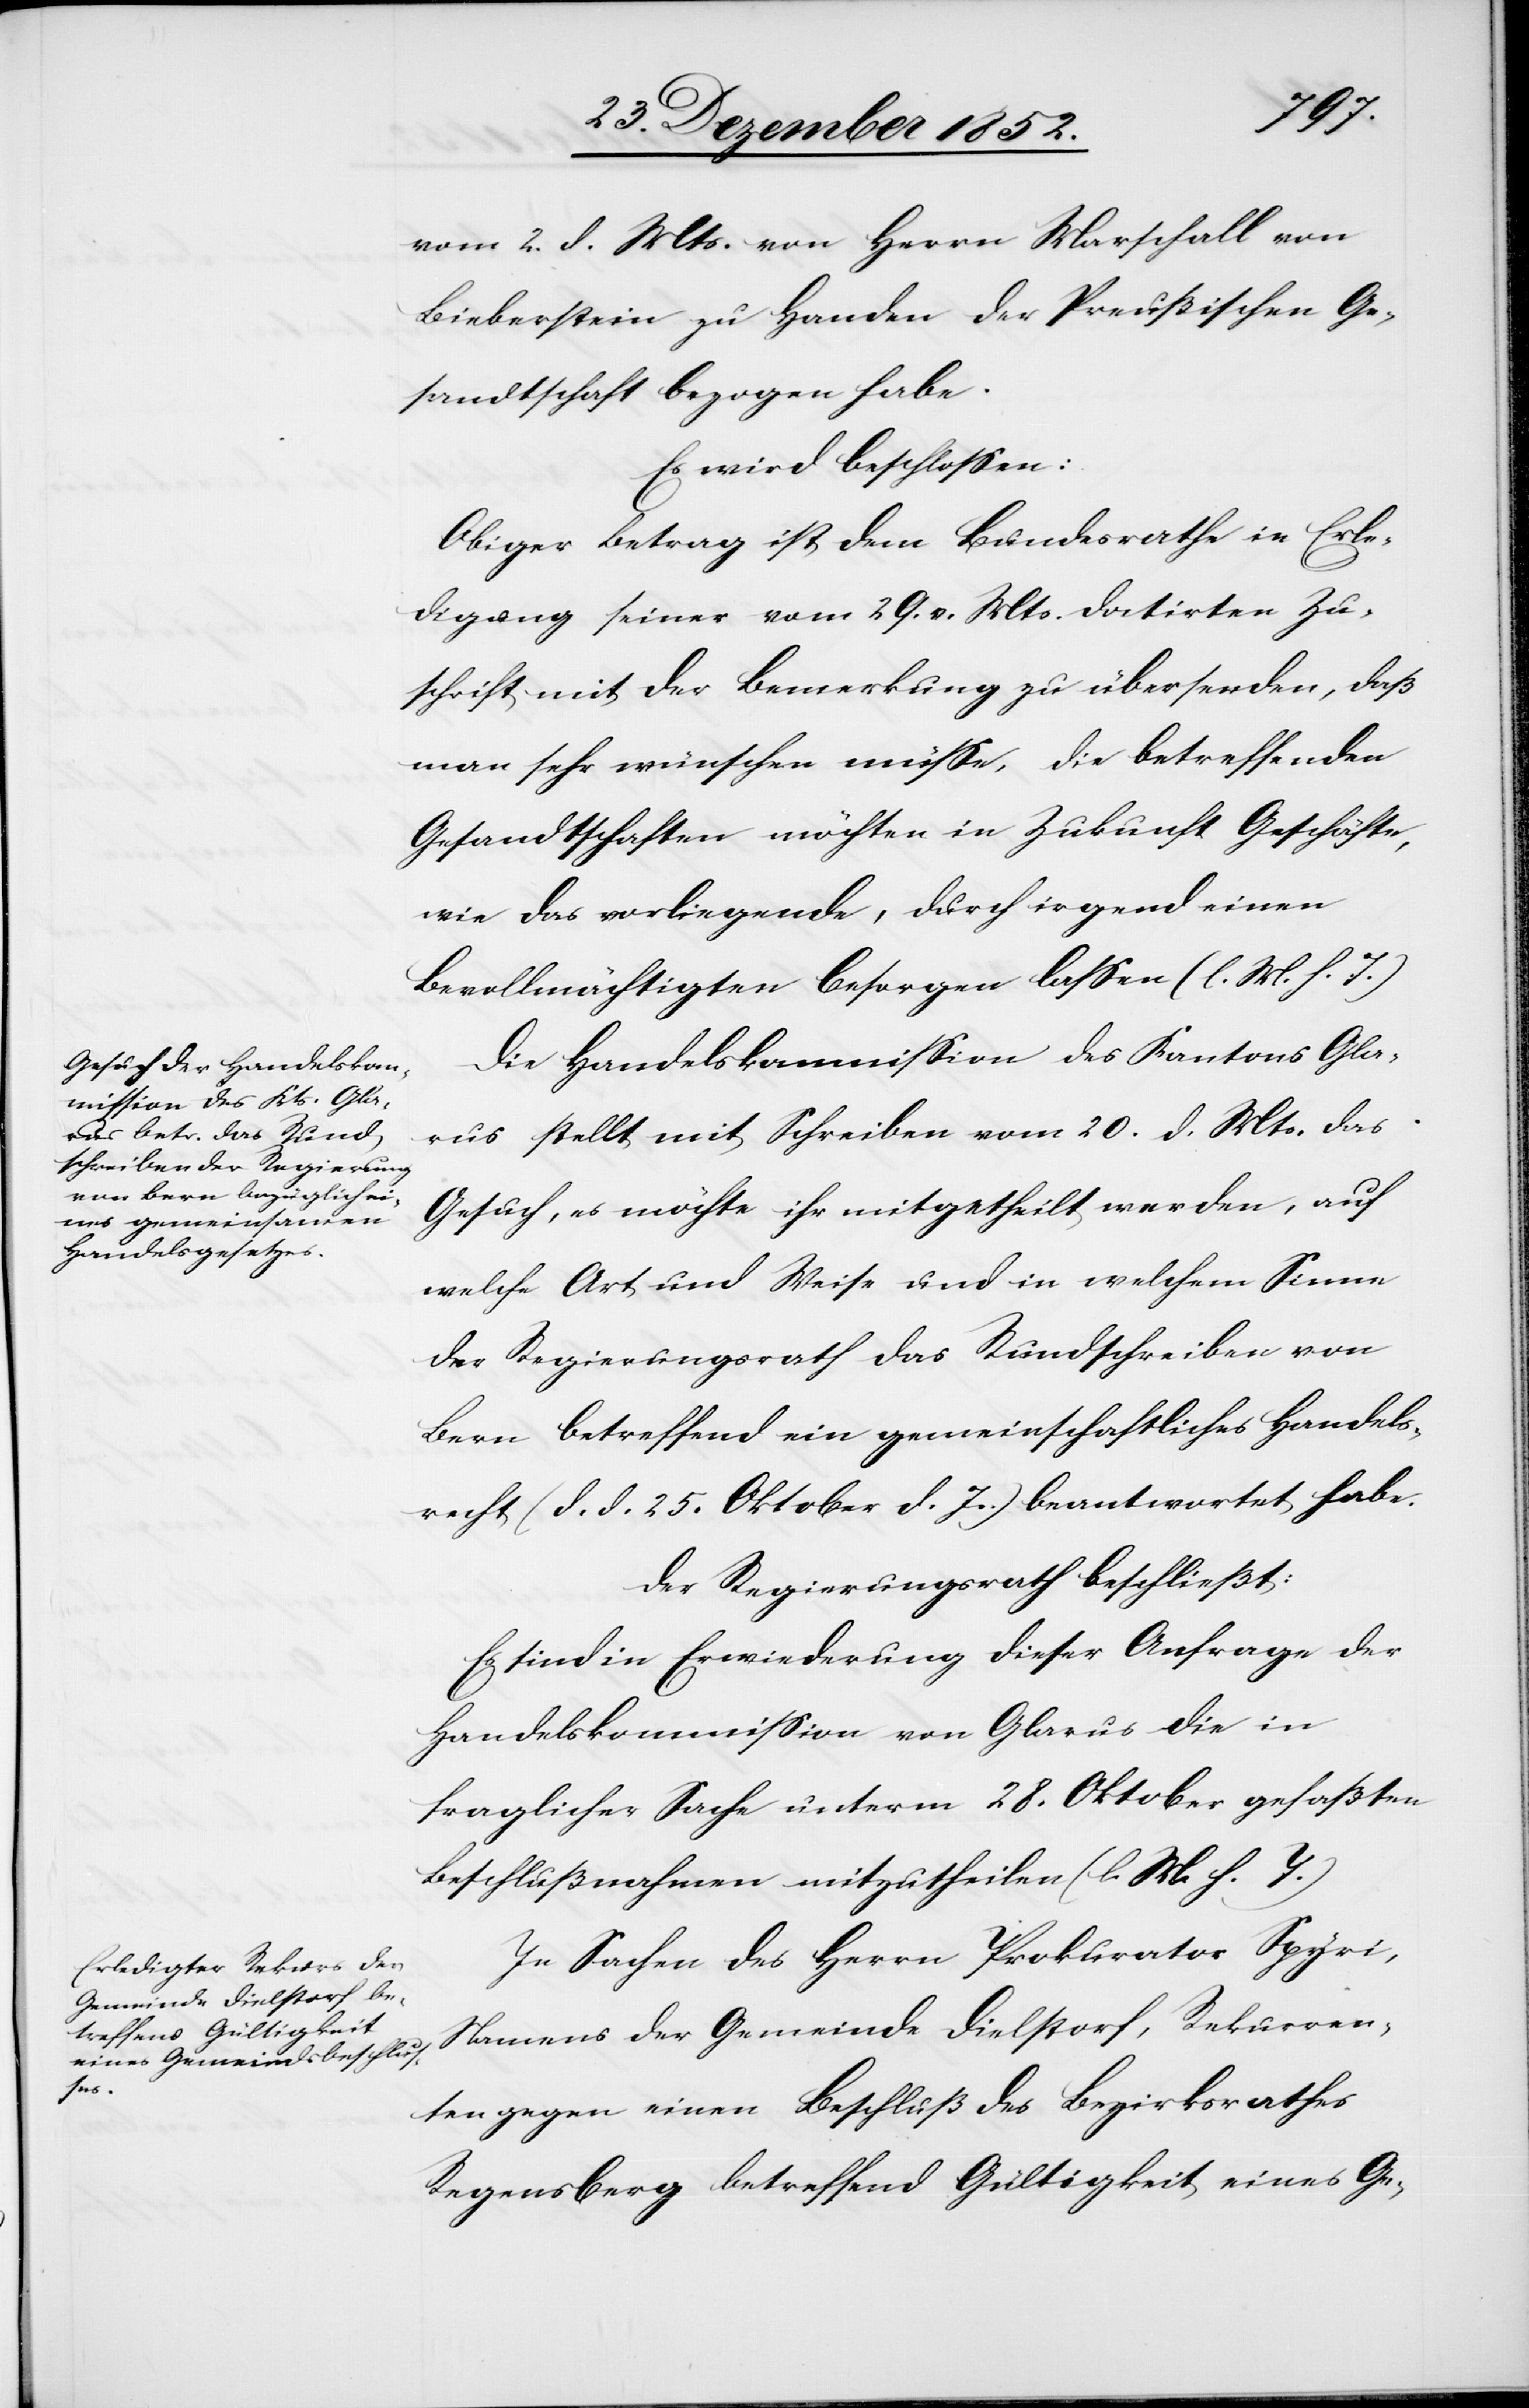
vom 2. d. Mts. von Herrn Marschall von
Bieberstein zu Handen der Preußischen Ge¬
sandtschaft bezogen habe.
Es wird beschlossen:
Obiger Betrag ist dem Bundesrathe in Erle¬
digung seiner vom 29. v. Mts. datirten Zu¬
schrift mit der Bemerkung zu übersenden, daß
man sehr wünschen müsse, die betreffenden
Gesandtschaften möchten in Zukunft Geschäfte,
wie das vorliegende, durch irgend einen
Bevollmächtigten besorgen lassen (l. M. h. T.)
Die Handelskommission des Kantons Gla¬
rus stellt mit Schreiben vom 20. d. Mts. das
Gesuch, es möchte ihr mitgetheilt werden, auf
welche Art und Weise und in welchem Sinne
der Regierungsrath das Rundschreiben von
Bern betreffend ein gemeinschaftliches Handels¬
recht (d. d. 25. Oktober d. Js.) beantwortet habe.
Der Regierungsrath beschließt:
Es sind in Erwiederung dieser Anfrage der
Handelskommission von Glarus die in
fraglicher Sache unterm 28. Oktober gefaßten
Beschlußnahmen mitzutheilen (l. M. h. T.)
In Sachen des Herrn Prokurator Spyri,
Gemeinde Dielstorf, Re¬
kurren¬
ten gegen einen Beschluß des Bezirksrathes
Regensberg betreffend Gültigkeit eines Ge-